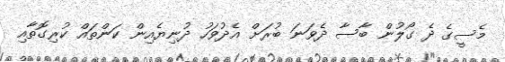
މެސީގެ ދެ ގޯލުން ބާސާ ދެވަނަ ބުރަށް އެދުވަހު ދުނިޔެއިން ކަންތައް ކުރިގޮތާއި